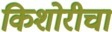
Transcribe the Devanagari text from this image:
किशोरीचा